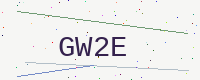
Text: GW2E